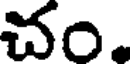
చం.